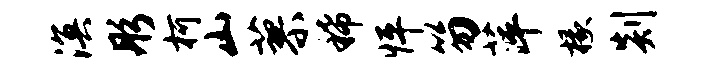
溟彤柯山蓼稀怦笏萍椽剡